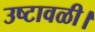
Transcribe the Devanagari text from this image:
उष्टावळी।